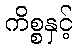
ကိစ္စနှင့်